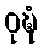
ဝုဍ္ဎံ